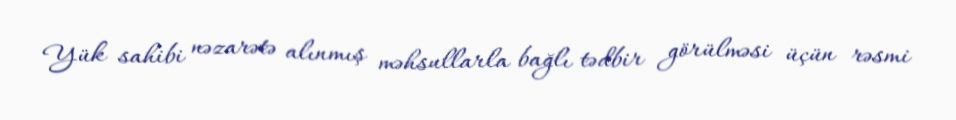
Yük sahibi nəzarətə alınmış məhsullarla bağlı tədbir görülməsi üçün rəsmi